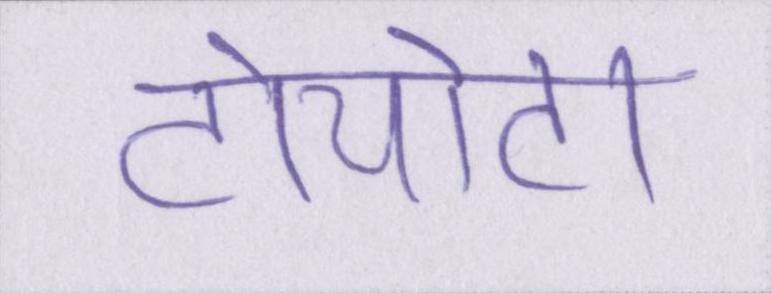
टोयोटा